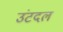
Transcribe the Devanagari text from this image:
उंटदल